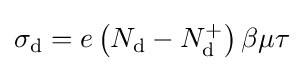
\sigma _{\text{d}}=e\left(N_{\text{d}}-N_{\text{d}}^{+}\right)\beta \mu \tau